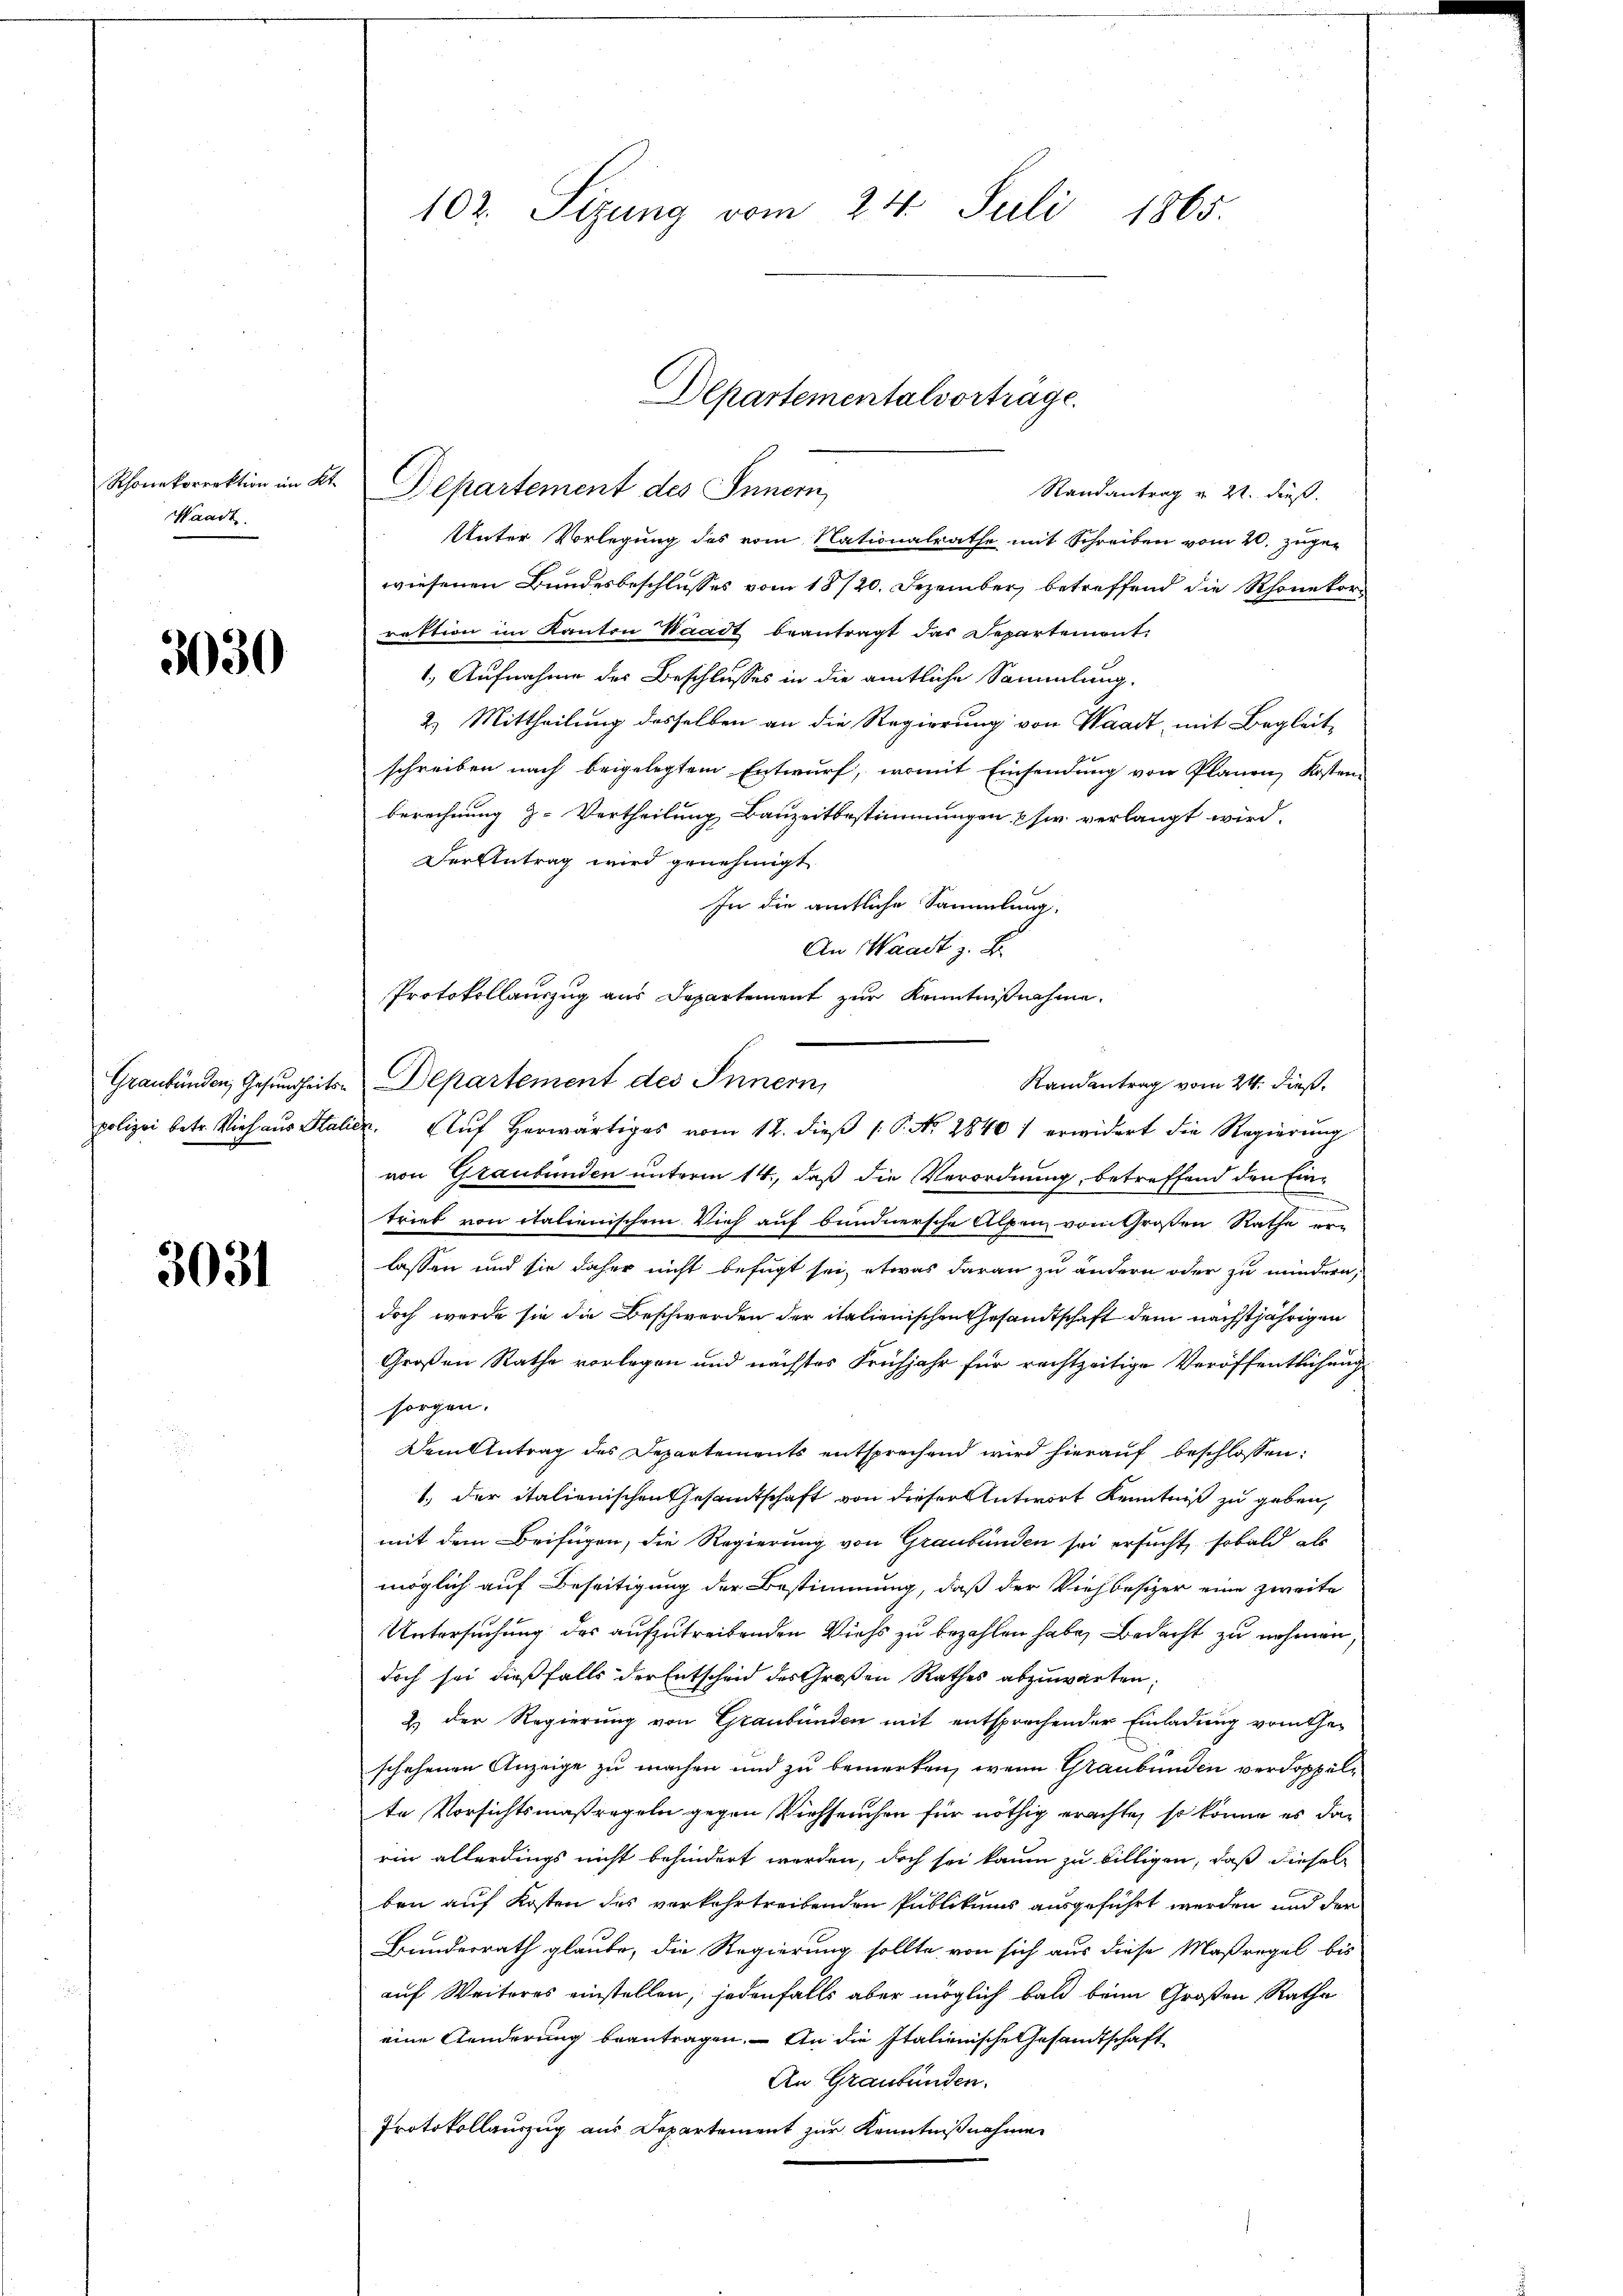
Rhonekorrektion im Kt.
Waadt.

3030

Graubünden, Gesundheitspolizei betr. Vieh aus Stali

3031

102. Sizung vom 24. Juli 1865.

Randantrag v. 21. dieß.
Unter Vorlegung des vom Nationalrathe mit Schreiben vom 20. zuge-
wiesenen Bundesbeschlusses vom 18/20. Dezember, betreffend die Rhonekorrektion im Kanton Waadt beantragt das Departemont
1.) Aufnahme des Beschlusses in die amtliche Sammlung.
2.) Mittheilung desselben an die Regierung von Waadt, mit Begleitschreiben nach beigelegtem Entwurf, womit Einsendung von Planen Kosten-
berechnung z. Vertheilung Bauzeitbestimmungen user verlangt wird.
Der Antrag wird genehmigt
In die amtliche Sammlung,
e. Auf herwärtiges vom 12. dieβ 1. P. Nr. 28401 erwidert die Regierŭng
von Graubünden unterm 14., daß die Verordnung, betreffend den Ein¬
.
trieb von italienischem Vieh auf bundnersche Alpen vom Großen Rathe erlassen und sie daher nicht befugt sei, etwas daran zu ändern oder zu mindern;
doch werde sie die Beschwerden der italienischen Gesandtschaft dem nächstjährigen
Großen Rathe vorlegen und nächstes Frühjahr für rechtzeitige Veröffentlichung
sorgen.
Dem Antrag des Departements entsprechend wird hierauf beschlossen:
1., der italienischen Gesamtschaft von dieser Antwort Kenntniß zu geben,
mit dem Beifügen, die Regierung von Graubünden sei ersucht, sobald als
möglich auf Beseitigung der Bestimmung, daß der Viehbesizer eine zweite
Untersuchung des aufzutreibenden Viehs zu bezahlen habe, Bedacht zu nehmen,
doch sei dießfalls der Entscheid des Großen Rathes abzuwarten;
E.) Der Regierung von Graubünden mit entsprechender Einladung vom thei
schehenen Anzeige zu machen und zu bemerken, wenn Graubünden verdoppelte Vorsichtsmaßregeln gegen Viehseuchen für nöthig erachte, so könne es darin allerdings nicht behindert worden, doch sei kaum zu billigen, daß diesel
ben auf Kosten des verkehrtreibenden Publikums ausgeführt werden und der
Bundesrath glaube, die Regierung sollte von sich aus diese Maßregel bis
auf Weiteres einstellen, jedenfalls aber möglich bald beim Großen Ratha
eine Aenderung beantragen. – An die Italienische Gesandtschaft
An Graubünden.
Protokollauszug aus Departement zur Kenntnißnahmen

Departementalvorträge.
Departement des Innern,

An Waadt z. B.
Protokollauszug aus Departement zur Kenntnißnahme
Departement des Innern,
Randentrag vom 24. dieß.